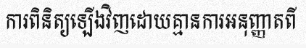
ការពិនិត្យឡើងវិញដោយគ្មានការអនុញ្ញាតពី